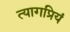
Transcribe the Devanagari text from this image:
त्यागप्रियं